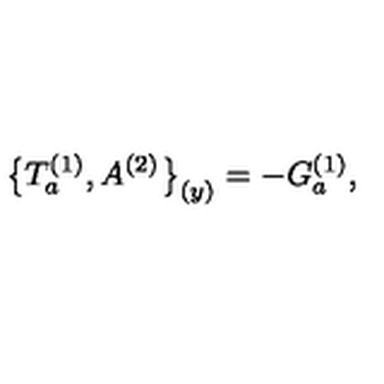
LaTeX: \bigl \{ T _ { a } ^ { ( 1 ) } , A ^ { ( 2 ) } \bigr \} _ { ( y ) } = - G _ { a } ^ { ( 1 ) } ,